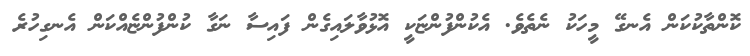
ކޮންތާކުކަން އެނގޭ މީހަކު ނެތެވެ. އެކުންފުންޏަކީ އޮޅުވާލައިގެން ފައިސާ ނަގާ ކުންފުންޏެއްކަން އެނގިހުރެ